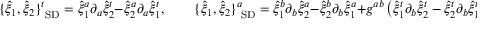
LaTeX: \{ { \hat { \xi } } _ { 1 } , { \hat { \xi } } _ { 2 } \} _ { \mathrm { \scriptsize ~ S D } } ^ { t } = { \hat { \xi } } _ { 1 } ^ { a } \partial _ { a } { \hat { \xi } } _ { 2 } ^ { t } - { \hat { \xi } } _ { 2 } ^ { a } \partial _ { a } { \hat { \xi } } _ { 1 } ^ { t } , \qquad \{ { \hat { \xi } } _ { 1 } , { \hat { \xi } } _ { 2 } \} _ { \mathrm { \scriptsize ~ S D } } ^ { a } = { \hat { \xi } } _ { 1 } ^ { b } \partial _ { b } { \hat { \xi } } _ { 2 } ^ { a } - { \hat { \xi } } _ { 2 } ^ { b } \partial _ { b } { \hat { \xi } } _ { 1 } ^ { a } + g ^ { a b } \left( { \hat { \xi } } _ { 1 } ^ { t } \partial _ { b } { \hat { \xi } } _ { 2 } ^ { t } - { \hat { \xi } } _ { 2 } ^ { t } \partial _ { b } { \hat { \xi } } _ { 1 } ^ { t } \right) .